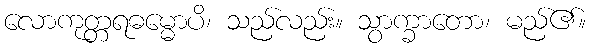
လောကုတ္တရဓမ္မောပိ၊ သည်လည်း။ သွာက္ခာတော၊ မည်၏။